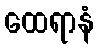
ထေရာနံ